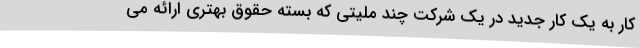
کار به یک کار جدید در یک شرکت چند ملیتی که بسته حقوق بهتری ارائه می